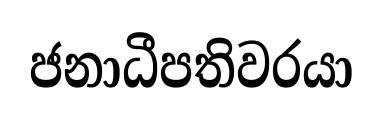
ජනාධීපතිවරයා